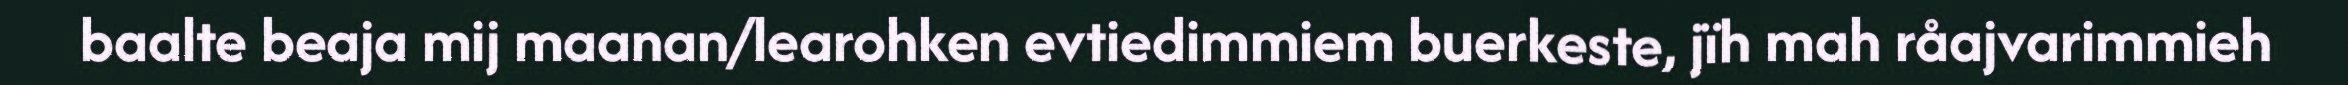
baalte beaja mij maanan/learohken evtiedimmiem buerkeste, jïh mah råajvarimmieh